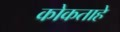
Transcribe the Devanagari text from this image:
कोकताहे